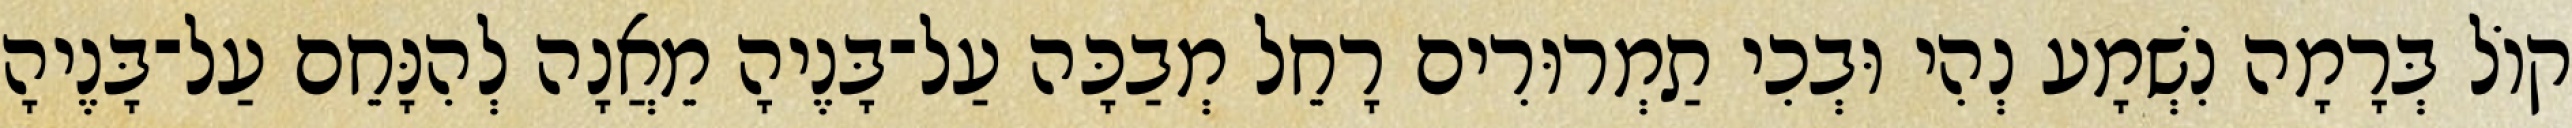
קוֹל בְּרָמָה נִשְׁמָע נְהִי וּבְכִי תַמְרוּרִים רָחֵל מְבַכָּה עַל־בָּנֶיהָ מֵאֲנָה לְהִנָּחֵם עַל־בָּנֶיהָ